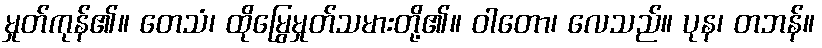
မှုတ်ကုန်၏။ တေသံ၊ ထိုမြွေမှုတ်သမားတို့၏။ ဝါတော၊ လေသည်။ ပုန၊ တဘန်။